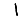
Digit: 1